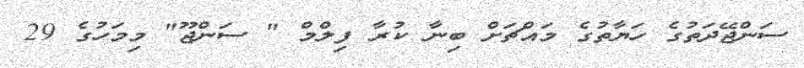
ސަންޖޭދަތުގެ ހަޔާތުގެ މައްޗަށް ބިނާ ކުރާ ފިލްމް " ސަންޖޫ" މިމަހުގެ 29